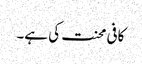
کافی محنت کی ہے۔